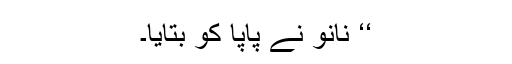
‘‘ نانو نے پاپا کو بتایا۔